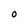
Character: O